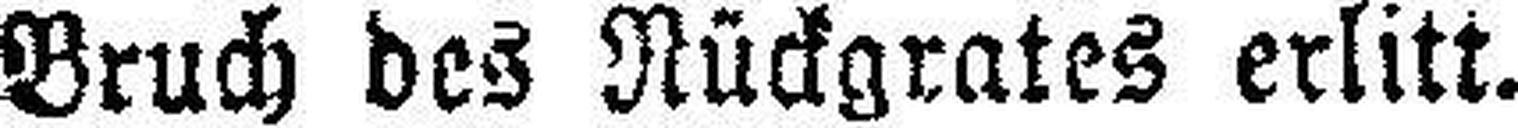
Bruch des Rückgrates erlitt.